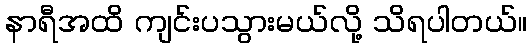
နာရီအထိ ကျင်းပသွားမယ်လို့ သိရပါတယ်။